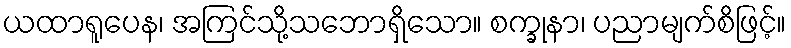
ယထာရူပေန၊ အကြင်သို့သဘောရှိသော။ စက္ခုနာ၊ ပညာမျက်စိဖြင့်။